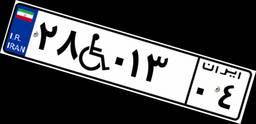
۲۸W۰۱۳۰۴